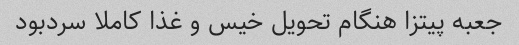
جعبه پیتزا هنگام تحویل خیس و غذا کاملا سردبود